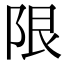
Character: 限